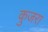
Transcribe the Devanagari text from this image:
कुजरा